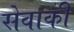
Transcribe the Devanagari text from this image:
सेवाकी